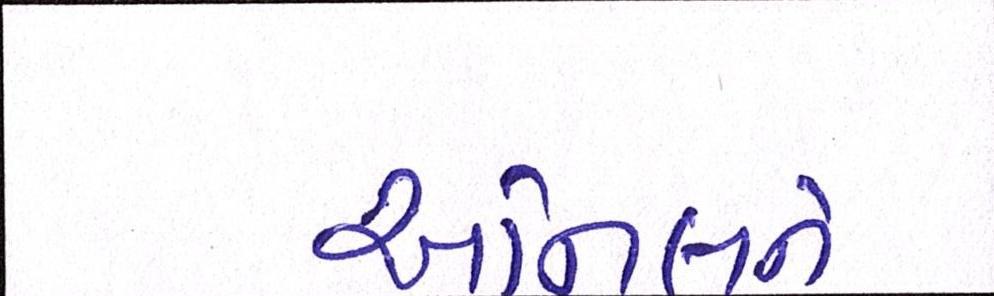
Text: અનિલને